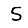
Digit: 5